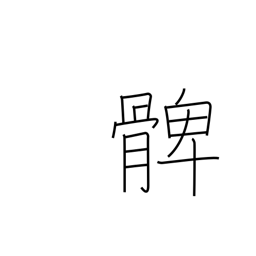
Meaning: thigh